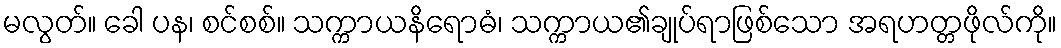
မလွတ်။ ခေါ ပန၊ စင်စစ်။ သက္ကာယနိရောဓံ၊ သက္ကာယ၏ချုပ်ရာဖြစ်သော အရဟတ္တဖိုလ်ကို။